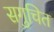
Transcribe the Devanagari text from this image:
सगुचित